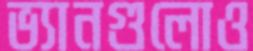
ভ্যানগুলোও